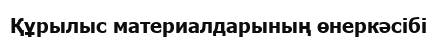
Құрылыс материалдарының өнеркәсібі